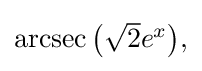
{\textstyle \operatorname {arcsec} {\bigl (}{\sqrt {2}}e^{x}{\bigr )},}